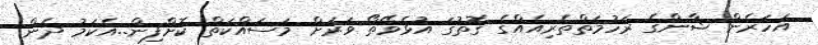
އަހަރެން ޝާންގެ ރަހުމަތްތެރިއެއްގެ ގޮތުގަ އުޅެވޭތޯ ވަރަށް މަސައްކަތް ކޮށްފިން..އެކަމު ދެން